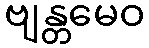
ဗျန္တမေဝ